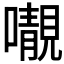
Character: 𡃁